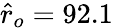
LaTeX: \hat{r}_{o}=92.1